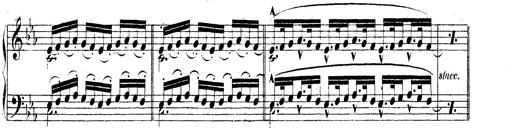
Title: Technische Studien
Composer: Franz Liszt